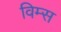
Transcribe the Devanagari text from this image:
विम्स